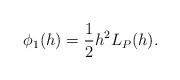
\begin{align*} \begin{aligned} \phi_1(h)=\frac{1}{2}h^2L_P(h). \end{aligned} \end{align*}